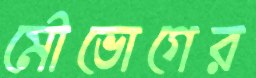
মৌভোগের